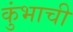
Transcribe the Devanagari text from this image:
कुंभाची